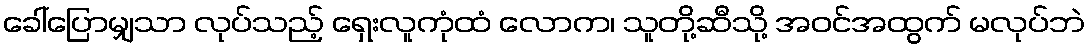
ခေါ်ပြောမျှသာ လုပ်သည့် ရှေးလူကုံထံ လောက၊ သူတို့ဆီသို့ အဝင်အထွက် မလုပ်ဘဲ